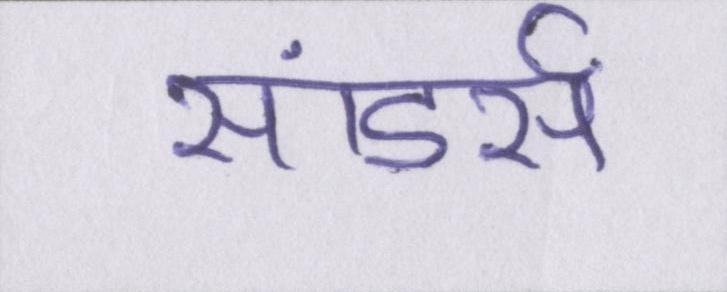
सांडर्स